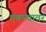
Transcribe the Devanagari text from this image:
एकत्वावर